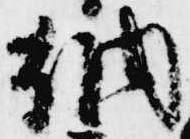
納